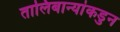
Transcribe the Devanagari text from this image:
तालिबान्यांकडुन